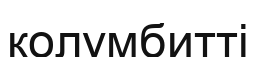
колумбитті